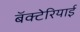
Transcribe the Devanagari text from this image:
बॅक्टेरियाई